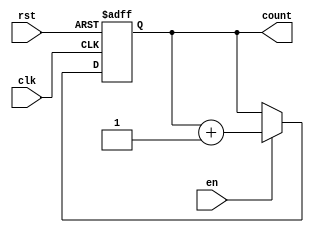
module binary_up_counter (
    input wire clk,        // Clock input
    input wire rst,        // Asynchronous reset
    input wire en,         // Enable signal
    output reg [N-1:0] count // Counter value output (N-bit)
);
    parameter N = 3; // Define the number of bits for the counter (3-bit counter)

    // Asynchronous reset and counting logic
    always @(posedge clk or posedge rst) begin
        if (rst) begin
            count <= 0; // Reset the counter to 0
        end else if (en) begin
            count <= count + 1; // Increment the counter
        end
    end
endmodule